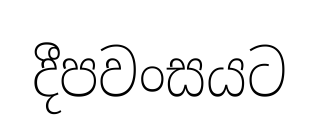
දීපවංසයට